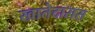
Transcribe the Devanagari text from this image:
खातेदारास